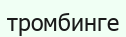
тромбинге